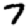
Digit: 7